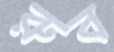
রুব